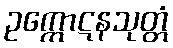
ဥက္ကောဋနသုတ္တံ